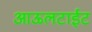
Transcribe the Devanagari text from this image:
आऊलटाईट